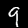
Digit: 9